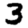
Digit: 3